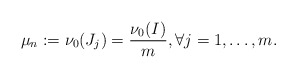
\begin{align*}\mu_n:=\nu_0(J_j)=\frac{\nu_0(I)}{m},\forall j=1,\dots,m.\end{align*}